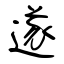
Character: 遂